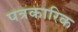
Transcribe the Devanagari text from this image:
पत्रकारिक